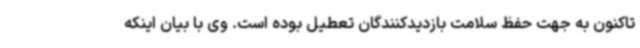
تاکنون به جهت حفظ سلامت بازدیدکنندگان تعطیل بوده است. وی با بیان اینکه